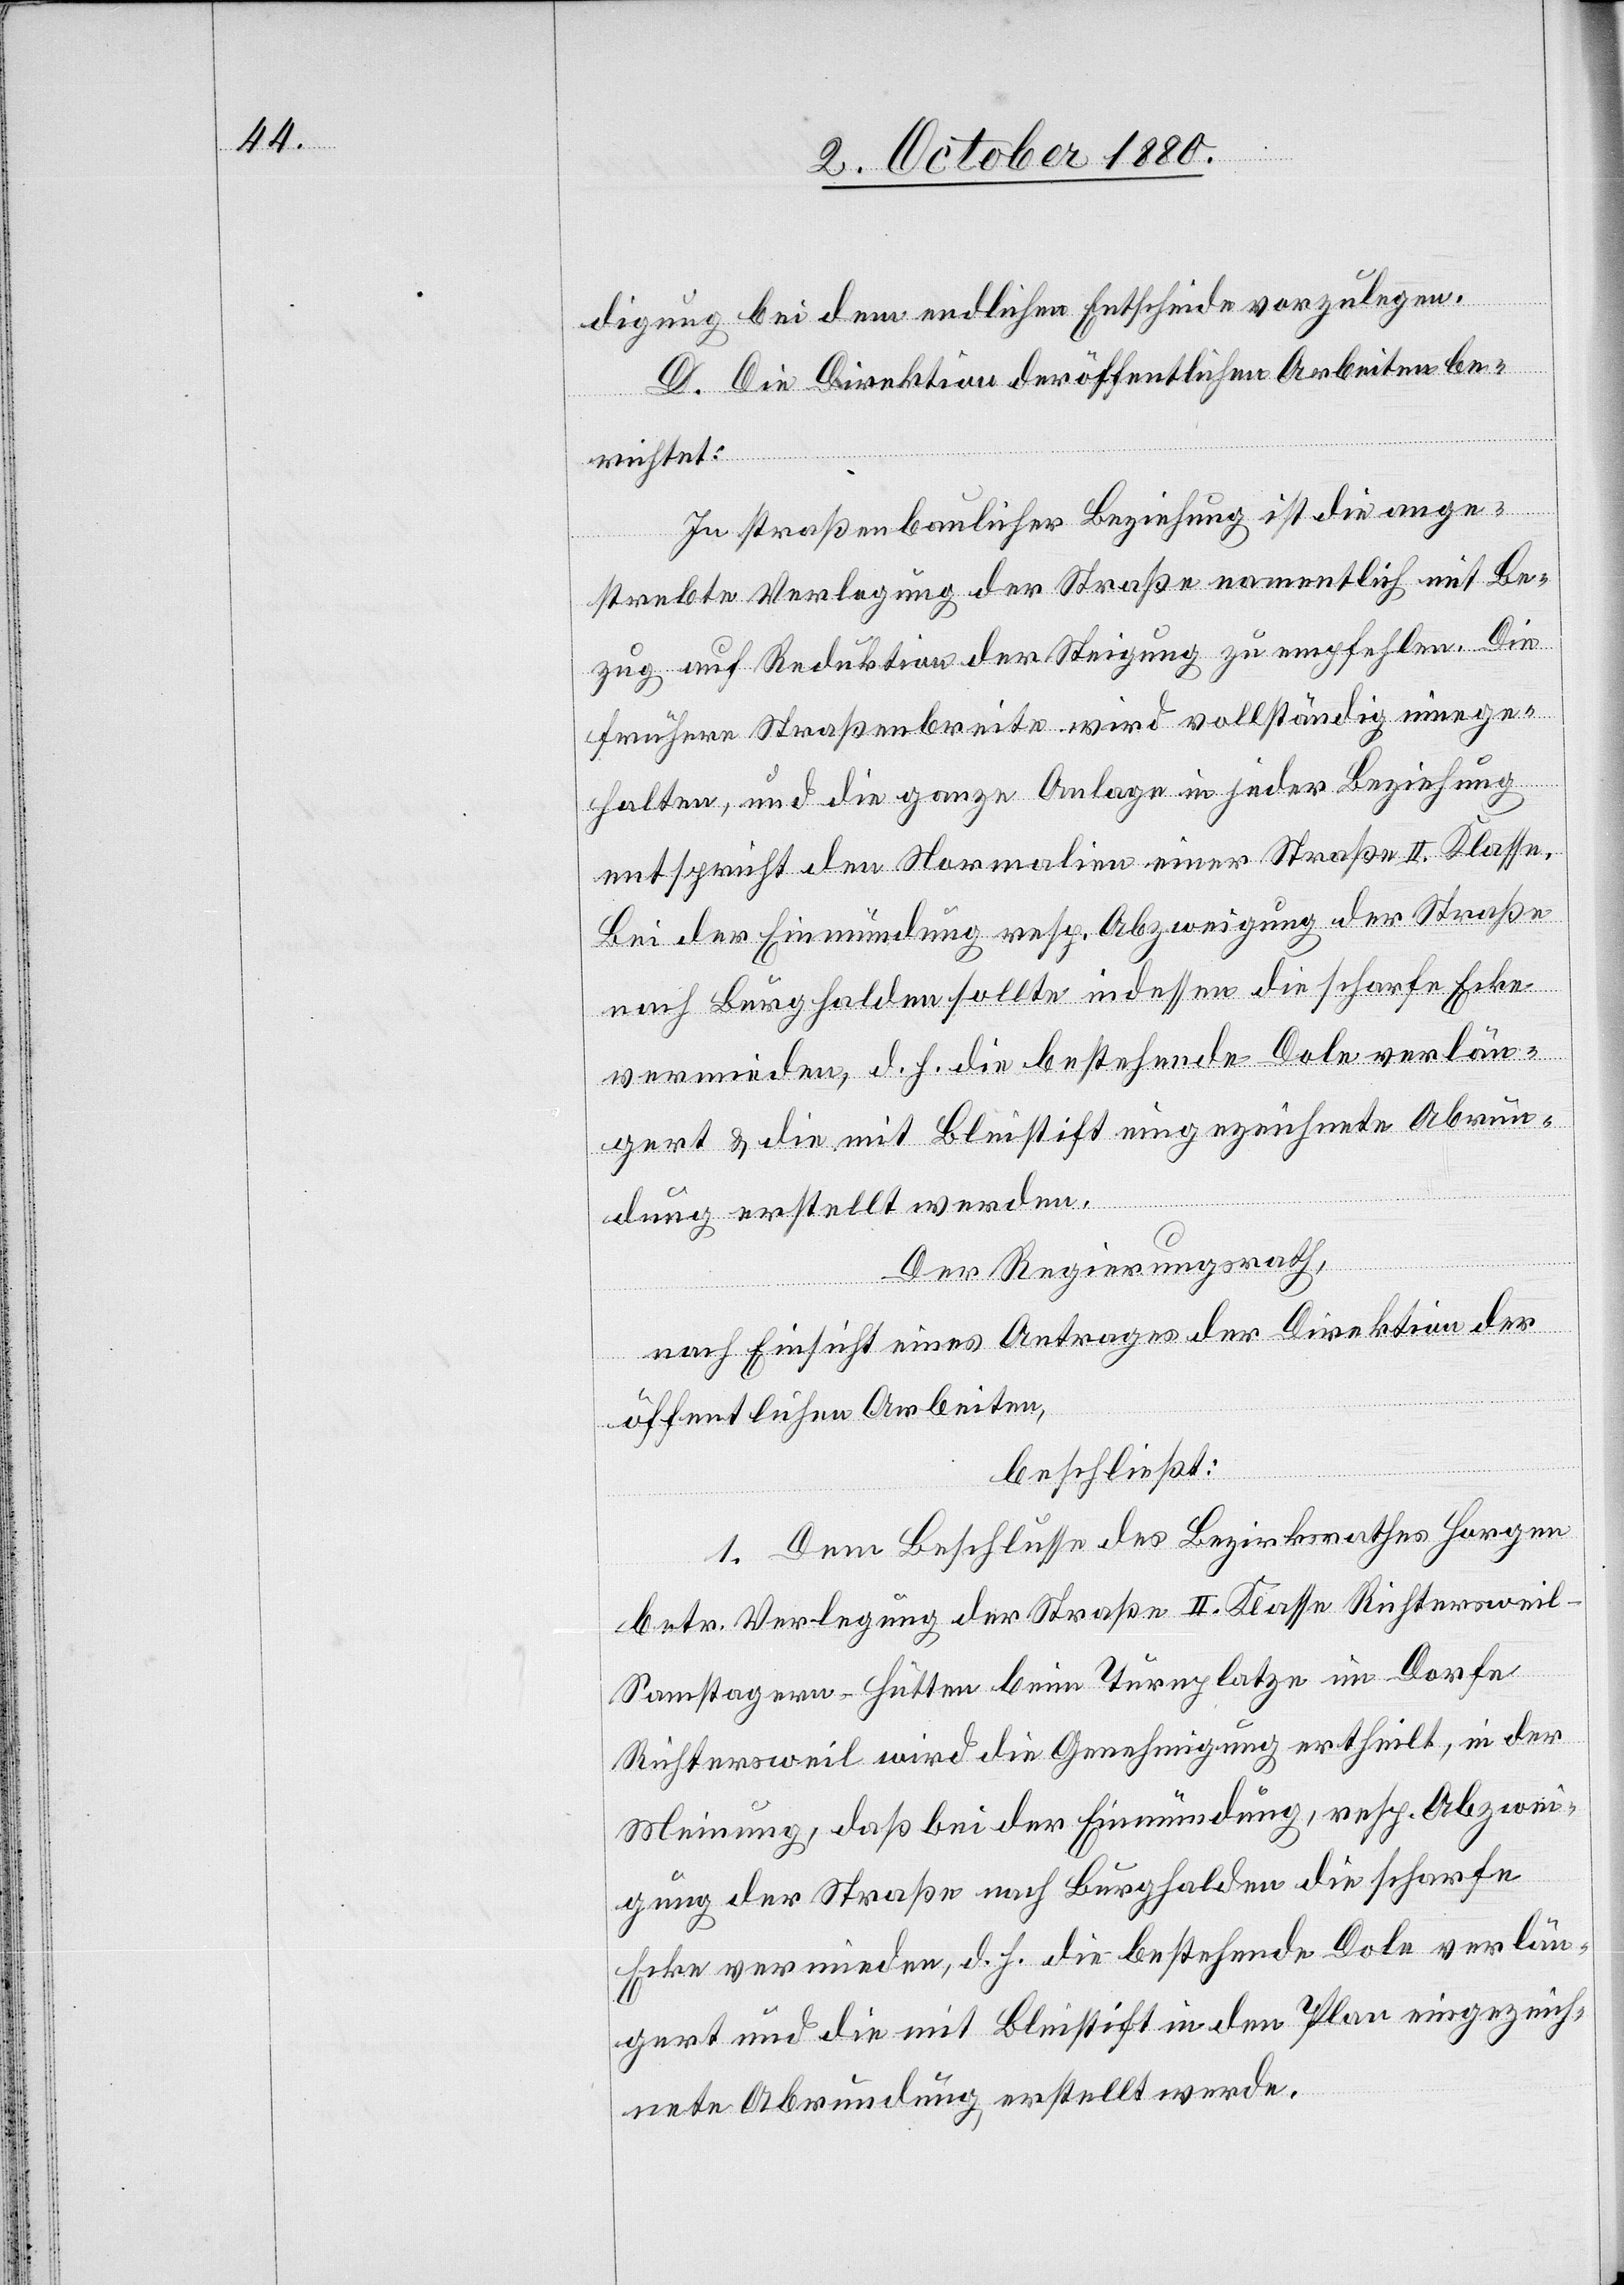
digung bei dem endlichen Entscheide vorzulegen.
D. Die Direktion der öffentlichen Arbeiten be¬
richtet:
In straßenbaulicher Beziehung ist die ange¬
strebte Verlegung der Straße namentlich mit Be¬
zug auf Reduktion der Steigung zu empfehlen. Die
frühere Straßenbreite wird vollständig einge¬
halten, und die ganze Anlage in jeder Beziehung
entspricht den Normalien einer Straße II. Klasse.
Bei der Einmündung resp. Abzweigung der Straße
nach Burghalden sollte indessen die scharfe Ecke
vermieden, d. h. die bestehende Dole verlän¬
gert & die mit Bleistift eingezeichnete Abrun¬
dung erstellt werden.
Der Regierungsrath,
nach Einsicht eines Antrages der Direktion der
öffentlichen Arbeiten,
beschließt:
1. Dem Beschlusse des Bezirksrathes Horgen
betr. Verlegung der Straße II. Klasse Richterswei¬
l–Samstagern–Hütten beim Turnplatze im Dorfe
Richtersweil wird die Genehmigung ertheilt, in der
Meinung, daß bei der Einmündung, resp. Abzwei¬
gung der Straße nach Burghalden die scharfe
Ecke vermieden, d. h. die bestehende Dole verlän¬
gert und die mit Bleistift in den Plan eingezeich¬
nete Abrundung erstellt werde.